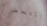
المتحضر